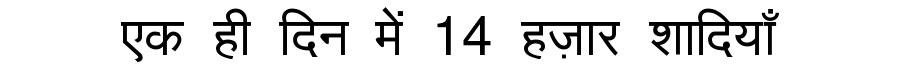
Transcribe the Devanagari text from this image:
एक ही दिन में 14 हज़ार शादियाँ